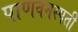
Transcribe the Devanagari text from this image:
पाणवनस्पती